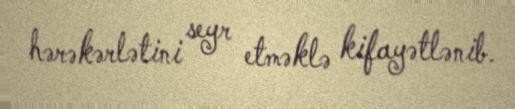
hərəkərlətini seyr etməklə kifayətlənib.